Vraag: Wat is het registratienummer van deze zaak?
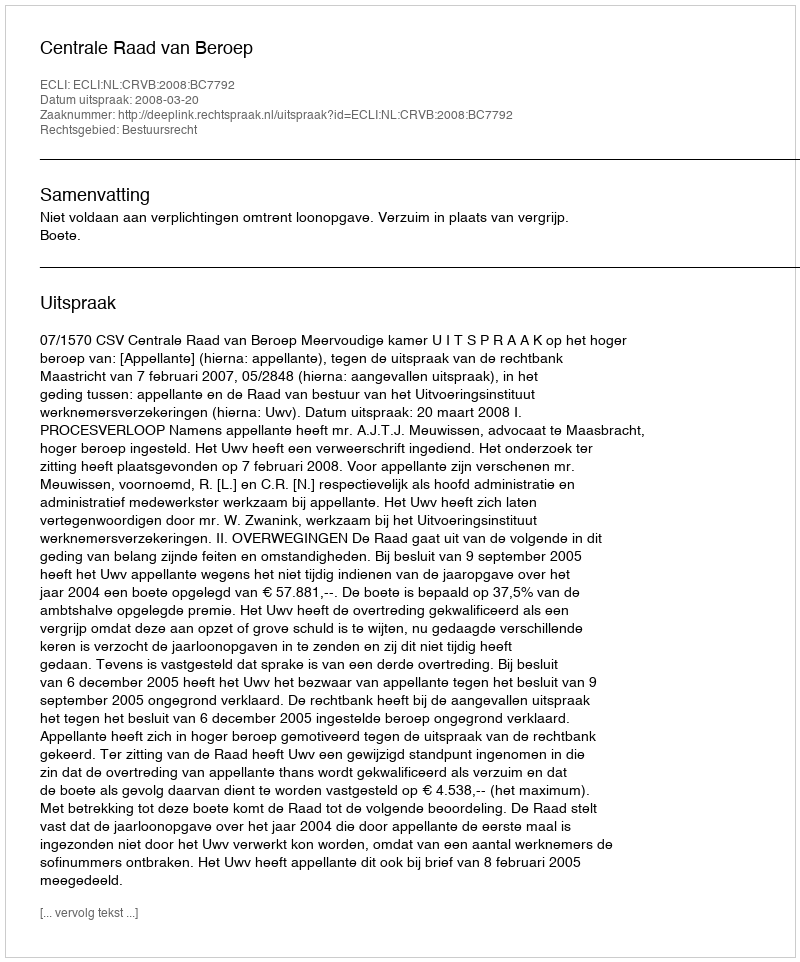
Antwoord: http://deeplink.rechtspraak.nl/uitspraak?id=ECLI:NL:CRVB:2008:BC7792